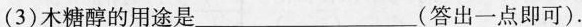
(3)木糖醇的用途是___(答出一点即可)。